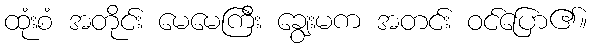
ထုံးစံ အတိုင်း မေမေကြီး ချွေးမက အတင်း ဝင်ပြော၏။